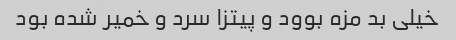
خیلی بد مزه بوود و پیتزا سرد و خمیر شده بود